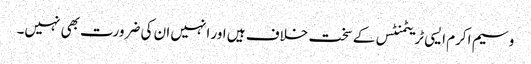
وسیم اکرم ایسی ٹریٹمنٹس کے سخت خلاف ہیں اور انہیں ان کی ضرورت بھی نہیں۔